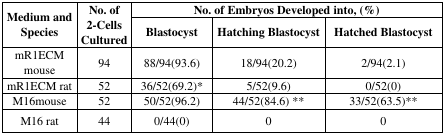
| <ROWSPAN=2> Medium and Species | <ROWSPAN=2> No. of 2-Cells Cultured | <COLSPAN=3> No. of Embryos Developed into, (%) |
 | Blastocyst | Hatching Blastocyst | Hatched Blastocyst |
 | --- | --- | --- | --- | --- |
 | mR1ECM mouse | 94 | 88/94(93.6) | 18/94(20.2) | 2/94(2.1) |
 | mR1ECM rat | 52 | 36/52(69.2)* | 5/52(9.6) | 0/52(0) |
 | M16mouse | 52 | 50/52(96.2) | 44/52(84.6) ** | 33/52(63.5)** |
 | M16 rat | 44 | 0/44(0) | 0 | 0 |